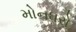
મોનધરો